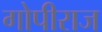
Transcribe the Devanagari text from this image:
गोपीराज